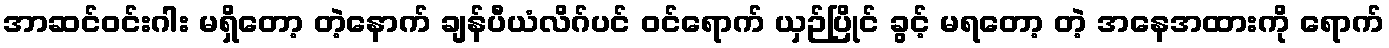
အာဆင်ဝင်းဂါး မရှိတော့ တဲ့နောက် ချန်ပီယံလိဂ်ပင် ဝင်ရောက် ယှဉ်ပြိုင် ခွင့် မရတော့ တဲ့ အနေအထားကို ရောက်